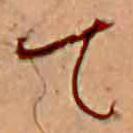
て